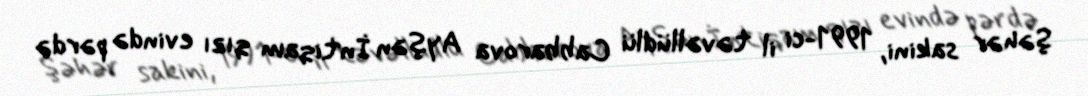
Şəhər sakini, 1991-ci il təvəllüdlü Cabbarova Ayşən İntiqam qızı evində pərdə